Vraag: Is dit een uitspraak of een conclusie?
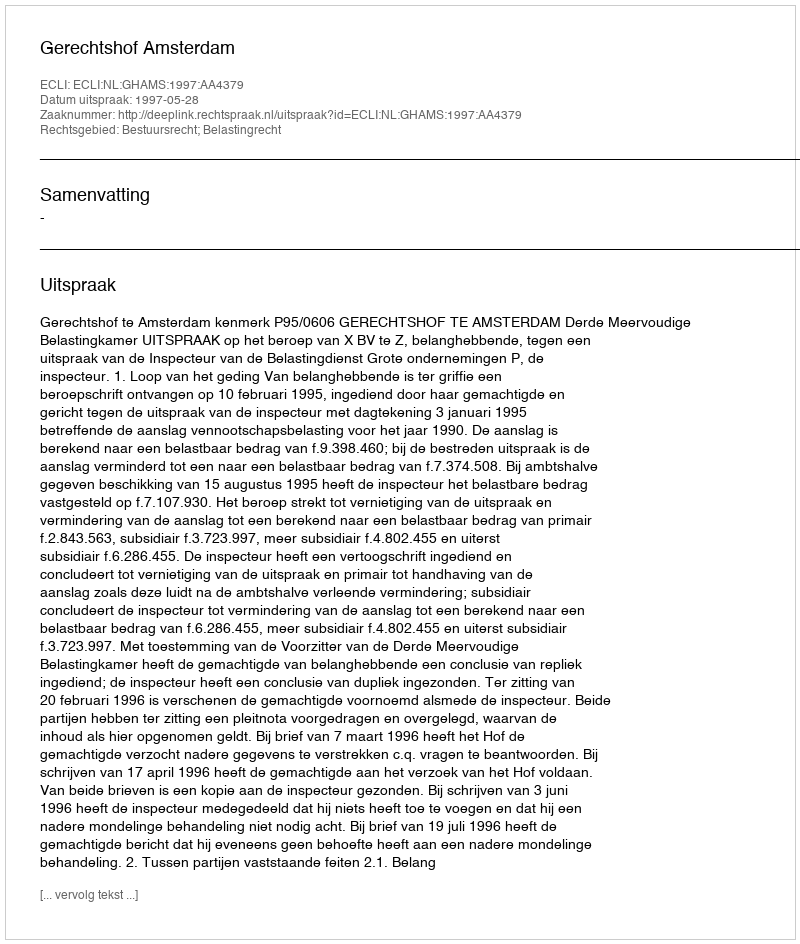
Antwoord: Uitspraak